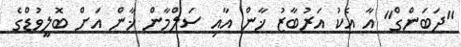
"ދަބަންގް" އާ އެކު އަރުބާޒު ޚާން އާއި ސަލްމާން ޚާން އަށް ބޮލީވުޑްގެ